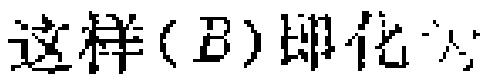
这样$(B)$即化为